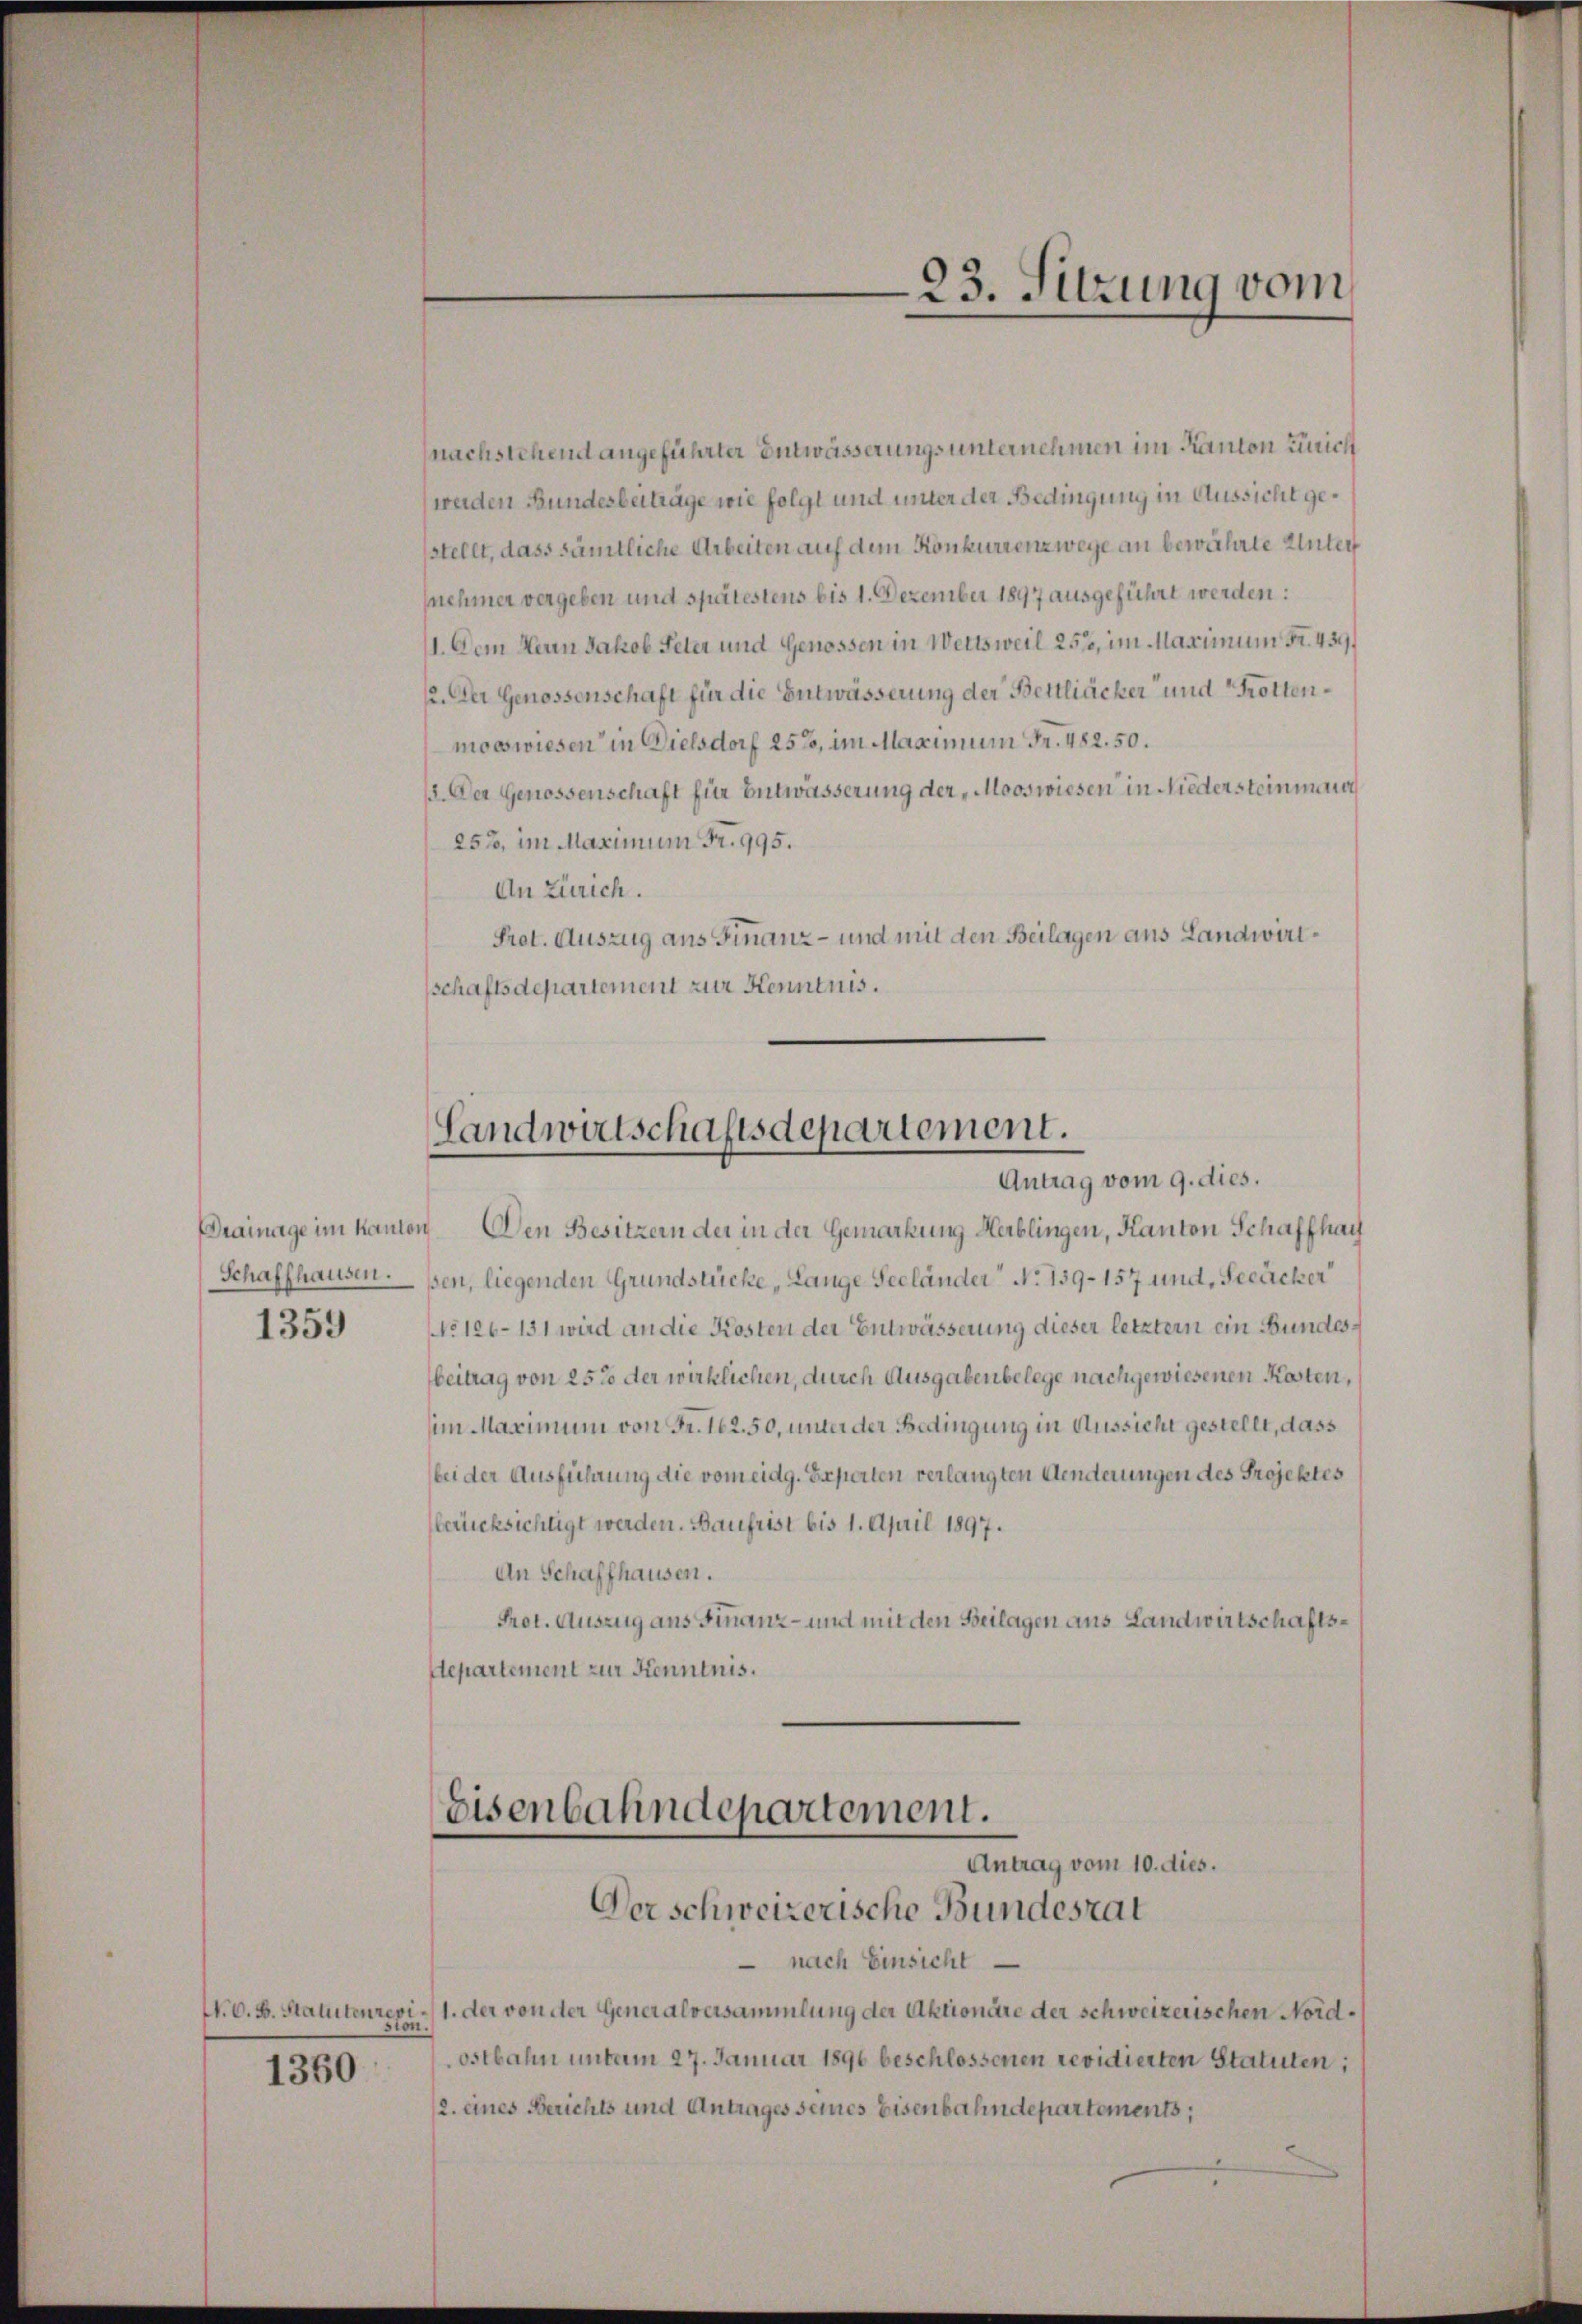
1359

1360

nachstehend angeführter Entwässerungs unternehmen im Kanton Zürich
werden Bundesbeiträge wie folgt und unter der Bedingung in Aussicht gesstellt, dass sämtliche Arbeiten auf dem Konkurrenz wege an bewährte Unter
nehmer vergeben und spätestens bis 1. Dezember 1897 ausgeführt werden:
II. Dem Heun Jakob Peter und Genossen in Wettsweil 253, im Maximum Fr. 439.
12. Der Genossenschaft für die Entwässerung der Bettliäcker und Trottenmoeswiesen in Dielsdorf 25%, im Maximum Fr. 482. 50.
/3. Der Genossenschaft für Entwässerung der Mooswiesen in Niedersteinman
252, im Maximum Fr. 995.
An Zürich.
Prot. Auszug aus Finanz- und mit den Beilagen aus Landwirtschaftsdepartement zur Kenntnis.

Landwirtschaftsdepartement.
Antrag vom 9. dies.

Drainage im Kanton Den Besitzern der in der Gemarkung Herblingen, Kanton Schaffhau
Schaffhausen. sen, liegenden Grundstücke, Lange Seeländer No. 159. 157 und, Seeäcker
NNo 126-151 wird an die Kosten der Entwässerung dieser letzter ein Bundesbeitrag von 25% der wirklichen, durch Ausgabenbelege nachgewiesenen Kosten,
(im Maximum von Fr. 162. 50, unter der Bedingung in Aussicht gestellt, dass
bei der Ausführung die vom eidg. Experten verlangten Aenderungen des Projektes
berücksichtigt werden. Baufrist bis 1. April 1897.
An Schaffhausen.
Prot. Auszug aus Finanz- und mit den Beilagen aus Landwirtschaftsdepartement zur Kenntnis.

Eisenbahndepartement.
Antrag vom 10. dies.

23. Sitzung vom

Derschweizerische Bundesrat
 nach Einsicht
N. O. B. Statutenrevi / 1. der von der Generalversammlung der Aktionäre der schweizerischen Nordmn.
ostbahn unterm 27. Januar 1896 beschlossenen revidierten Statuten:
2. eines Berichts und Antrages seines Eisenbahndepartements,